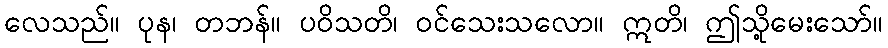
လေသည်။ ပုန၊ တဘန်။ ပဝိသတိ၊ ဝင်သေးသလော။ ဣတိ၊ ဤသို့မေးသော်။